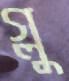
গ্লু